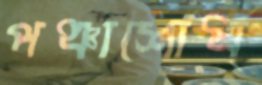
পঞ্চাশোর্ধ্